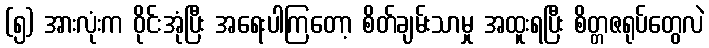
(၅) အားလုံးက ဝိုင်းအုံပြီး အရေးပါကြတော့ စိတ်ချမ်းသာမှု အထူးရပြီး စိတ္တဇရုပ်တွေလဲ